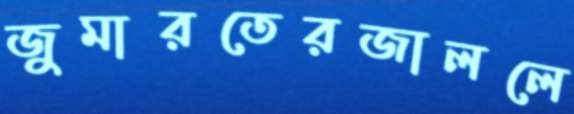
জুমারতেরজাললে